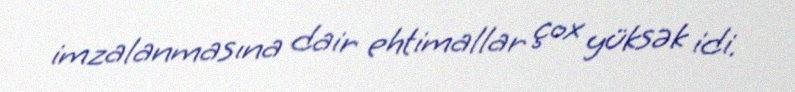
imzalanmasına dair ehtimallar çox yüksək idi.